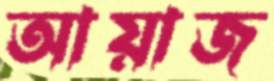
আয়াজ